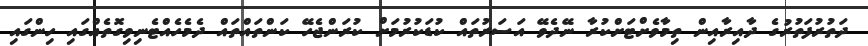
ދަތުރުފަތުރުގެ ދާއިރާއިން ތިމާވެށްޓަށްކުރާ ނޭދެވޭ އަސަރުތައް ކުޑަކުރުމަށް ކުރަންޖެހޭ ކަންތައްތައް ދެމެހެއްޓެނިވިގޮތެއްގައި ހިންގައި